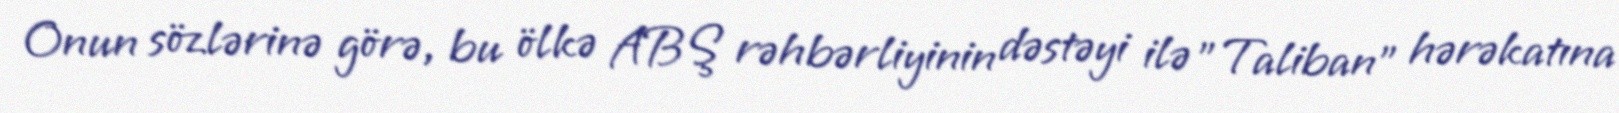
Onun sözlərinə görə, bu ölkə ABŞ rəhbərliyinin dəstəyi ilə "Taliban" hərəkatına